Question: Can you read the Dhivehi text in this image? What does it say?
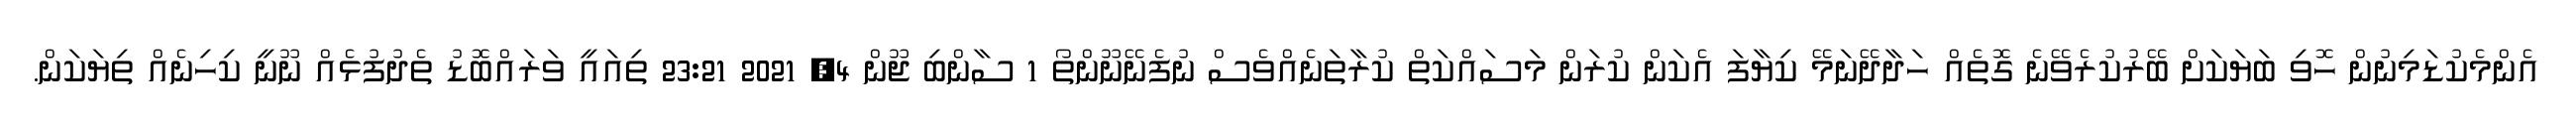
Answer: އެންމެކުޑަމިނުން ހޮވި ބަޔަކަށް ބޭރުކުރެވޭނެ ގޮތެއް ހަދާދޭނަމޭ ކިޔާފަ އެކަން ކުރަން މަސައްކަތް ކުރާތަނެއްވެސް ނުފެނޭނޫންތޯ 1 ސާންބި ޖޫން 4, 2021 23:21 ތިއައީ ވަރައްބޮޑު ތެދުފުޅެއް ނޫނީ ކިހިނެއް ތިޔަކަން.